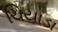
ચિયાડા